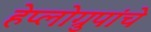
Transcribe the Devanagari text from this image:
हेप्लोग्रुपांचे